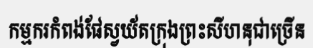
កម្មករកំពង់ផែស្វយ័តក្រុងព្រះសីហនុជាច្រើន